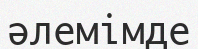
әлемімде